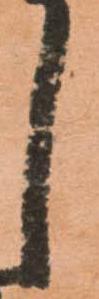
し